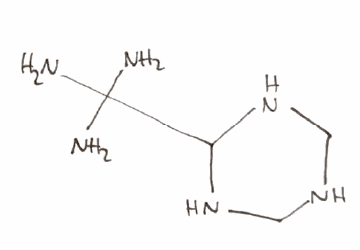
Simplified molecular-input line-entry system (SMILES) notation of the given molecule:
C1NCNC(N1)C(N)(N)N